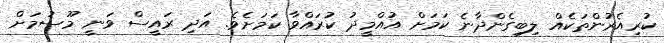
ކުރިއެރުންތަކެއް ލިބިގެންދާނެ ކަމަށް އުއްމީދު ކުރައްވާ ކަމަށެވެ. އަދި ރައީސް ވަނީ މޫސުމަށް